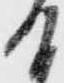
て